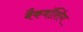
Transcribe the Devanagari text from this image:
बैकवॉशिंग